Report on horse surra - Volume I
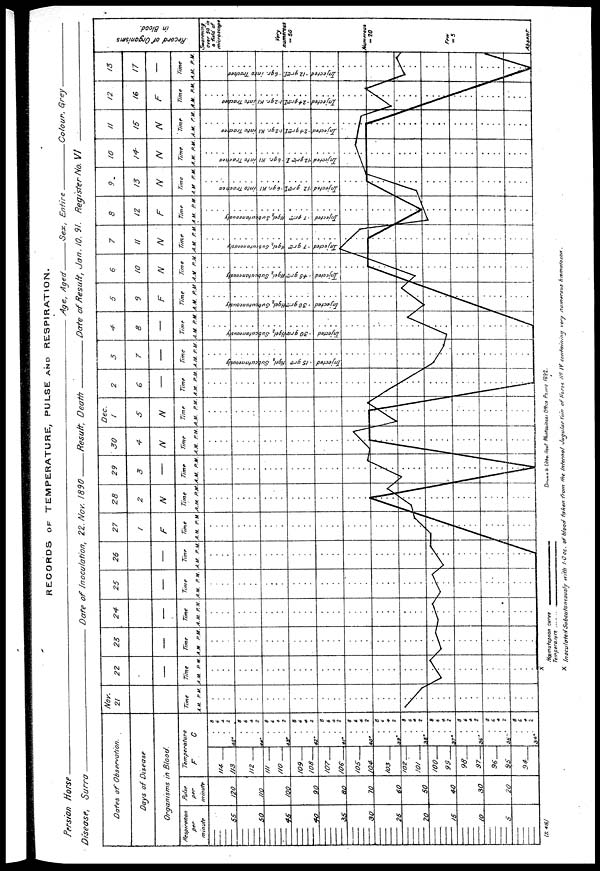
RECORDS OF TEMPERATURE, PULSE AND RESPIRATION.